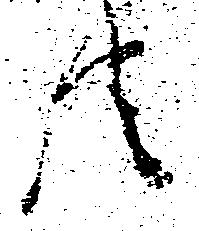
共